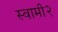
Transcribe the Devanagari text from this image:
स्वामी२